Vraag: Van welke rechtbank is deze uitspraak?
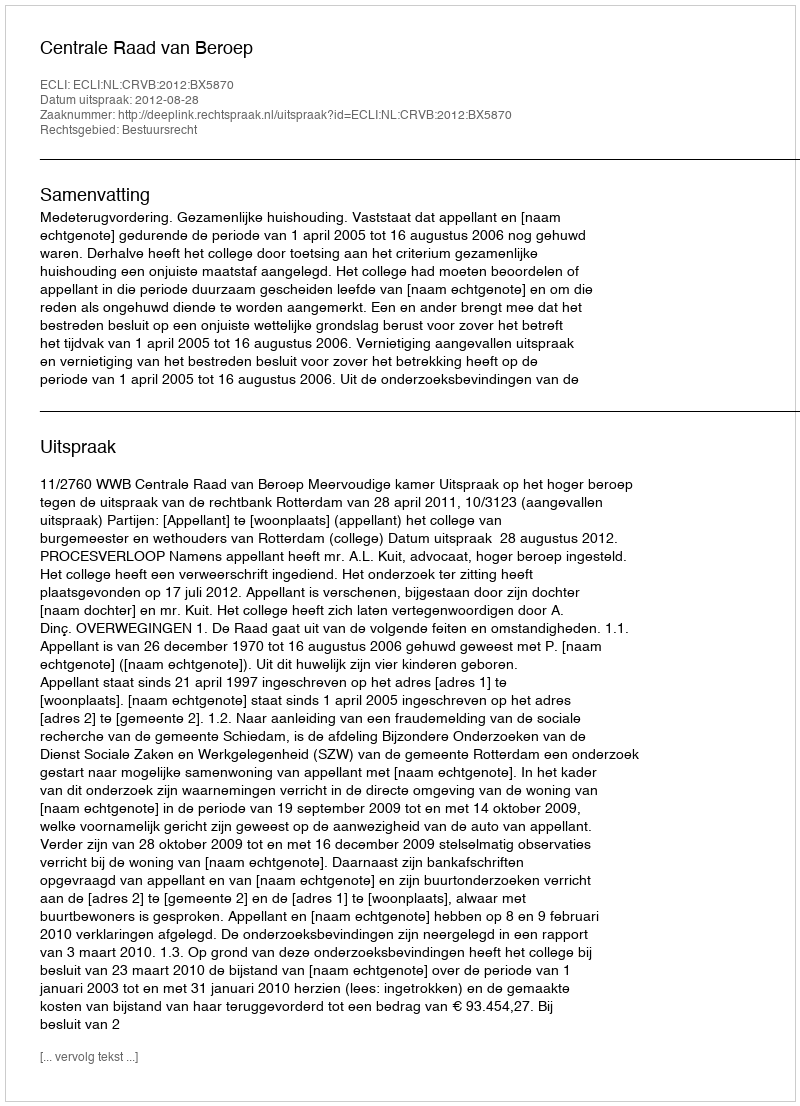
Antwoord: Centrale Raad van Beroep